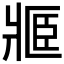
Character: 𤖋